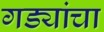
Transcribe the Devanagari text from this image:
गड्यांचा